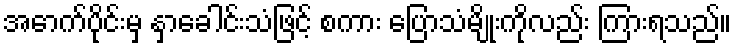
အောက်ပိုင်းမှ နှာခေါင်းသံဖြင့် စကား ပြောသံမျိုးကိုလည်း ကြားရသည်။